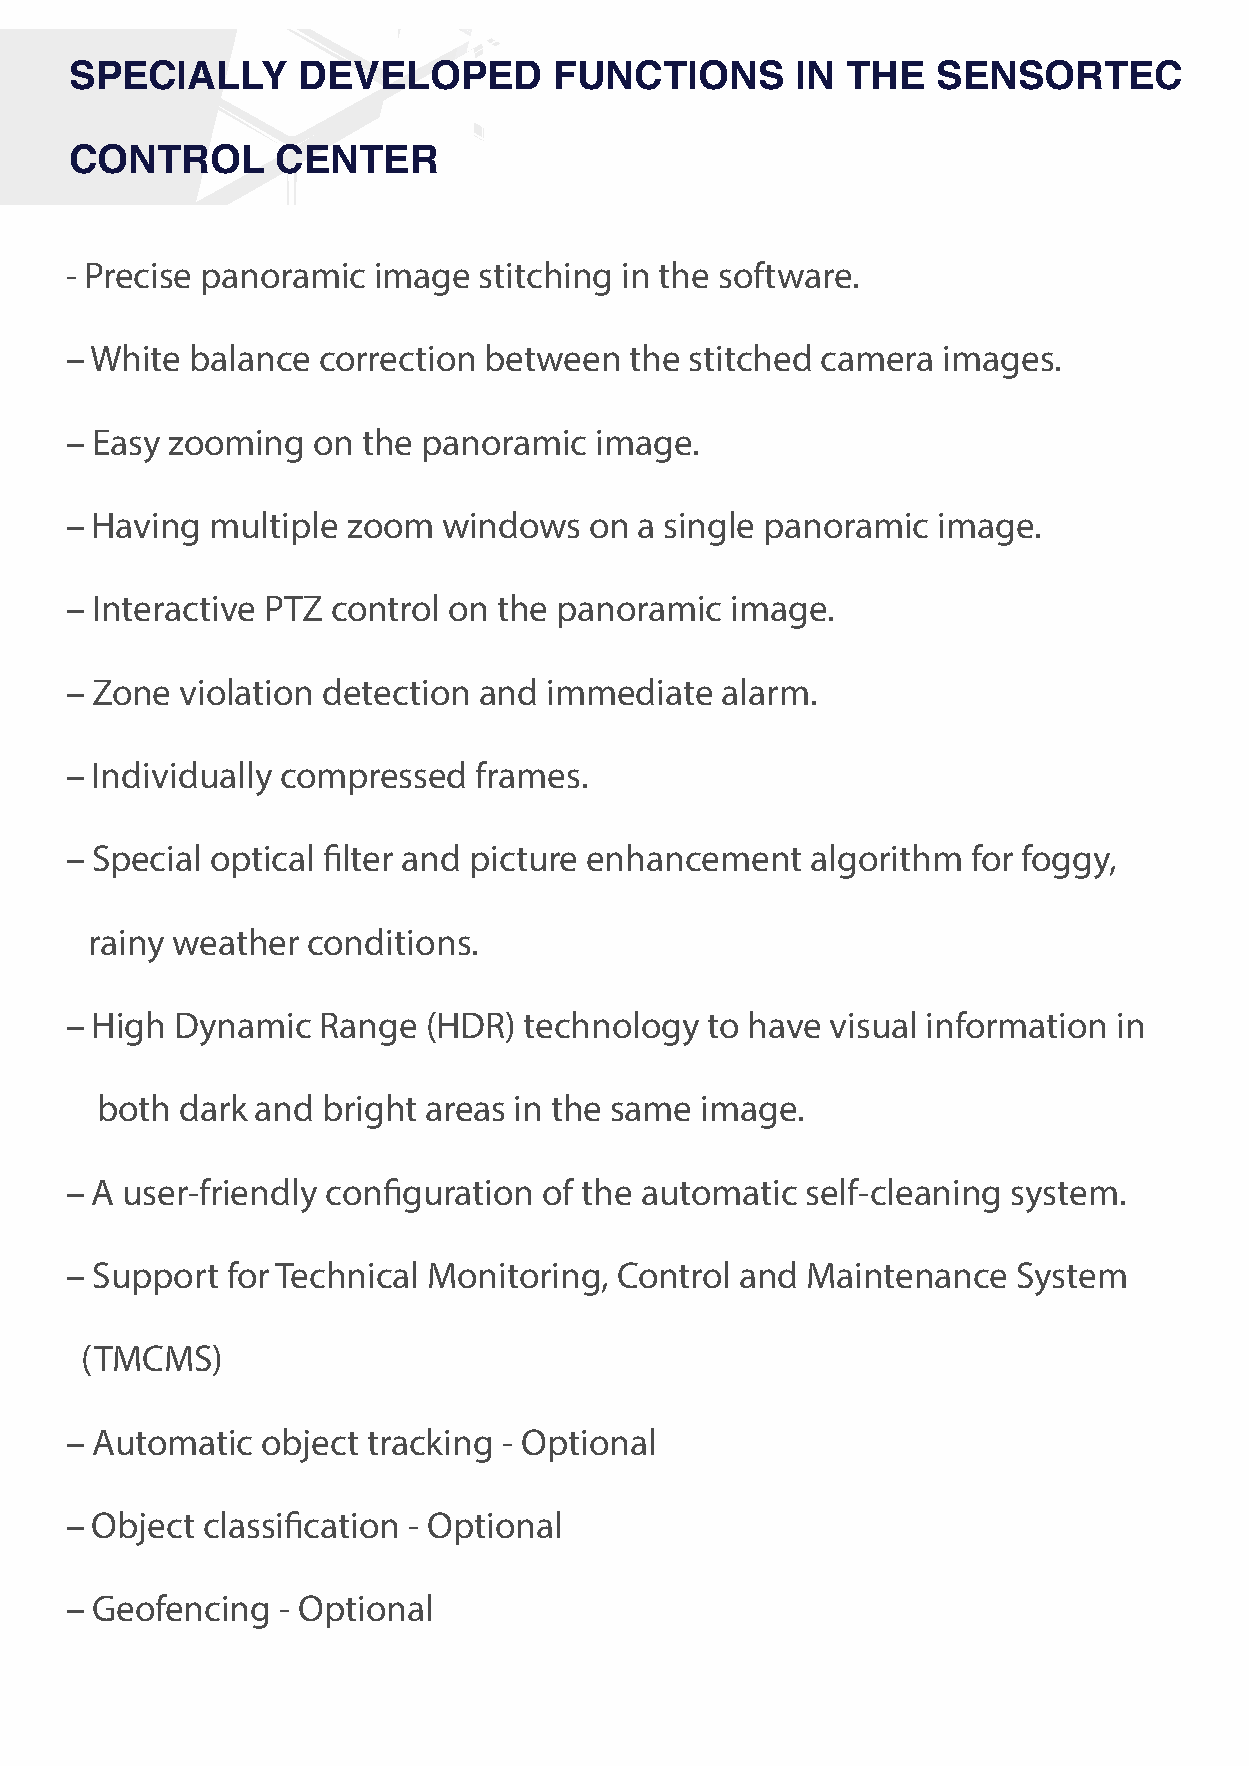
SPECIALLY      DEVELOPED        FUNCTIONS       IN THE   SENSORTEC
 CONTROL      CENTER
 - Precise panoramic  image  stitching in the software.
 – White  balance correction between   the stitched camera images.
 – Easy zooming   on the panoramic  image.
 – Having  multiple zoom  windows   on a single panoramic  image.
 – Interactive PTZ control on the panoramic  image.
 – Zone  violation detection and immediate   alarm.
 – Individually compressed   frames.
 – Special optical filter and picture enhancement  algorithm for foggy,
 rainy weather conditions.
 – High  Dynamic  Range  (HDR)  technology  to have visual information in
 both  dark and bright areas in the same image.
 – A user-friendly configuration of the automatic self-cleaning system.
 – Support  for Technical Monitoring, Control and Maintenance   System
 (TMCMS)
 – Automatic  object tracking - Optional
 – Object classification - Optional
 – Geofencing  - Optional